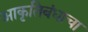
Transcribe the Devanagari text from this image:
आकृतिबंधाचा